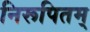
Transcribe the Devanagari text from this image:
निरूपितम्